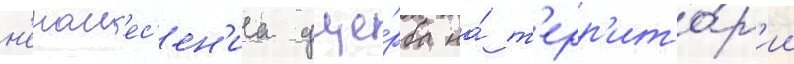
н'енан'ес'ен'иа уще́рба на́ т'ерр'ито́р'ии